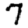
Digit: 7